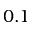
0 . 1